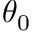
\theta _ { 0 }